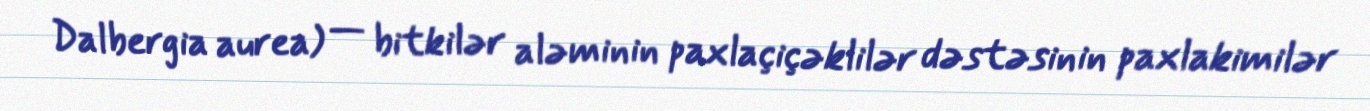
Dalbergia aurea) — bitkilər aləminin paxlaçiçəklilər dəstəsinin paxlakimilər